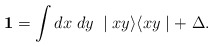
\begin{align*}{\textbf 1} = \int dx \; dy \; \mid x y \rangle \langle x y \mid + \; \Delta .\end{align*}